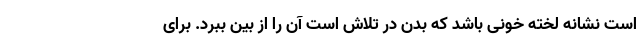
است نشانه لخته خونی باشد که بدن در تلاش است آن را از بین ببرد. برای